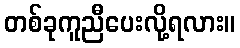
တစ်ခုကူညီပေးလို့ရလား။